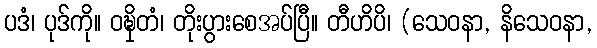
ပဒံ၊ ပုဒ်ကို။ ဝဍ္ဎှိတံ၊ တိုးပွားစေအပ်ပြီ။ တီဟိပိ၊ (သေဝနာ, နိသေဝနာ,